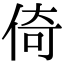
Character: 倚